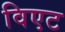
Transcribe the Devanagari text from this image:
विएट